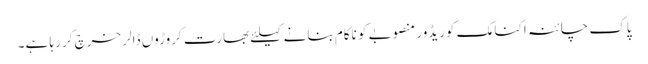
پاک چائنہ اکنامک کوریڈور منصوبے کو ناکام بنانے کیلئے بھارت کروڑوں ڈالر خرچ کر رہا ہے۔